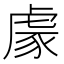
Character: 豦